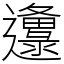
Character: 邍